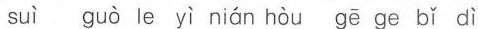
suì guò le yì nián hòu gē ge bǐ dì 。